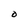
Character: O